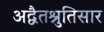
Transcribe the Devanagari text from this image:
अद्वैतश्रुतिसार